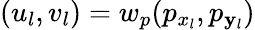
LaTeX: (u_{l},v_{l})=w_{p}(p_{x_{l}},p_{\mathbf{y}_{l}})